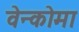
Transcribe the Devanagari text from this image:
वेन्कोमा